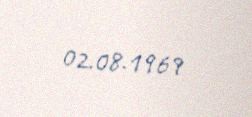
02.08.1969